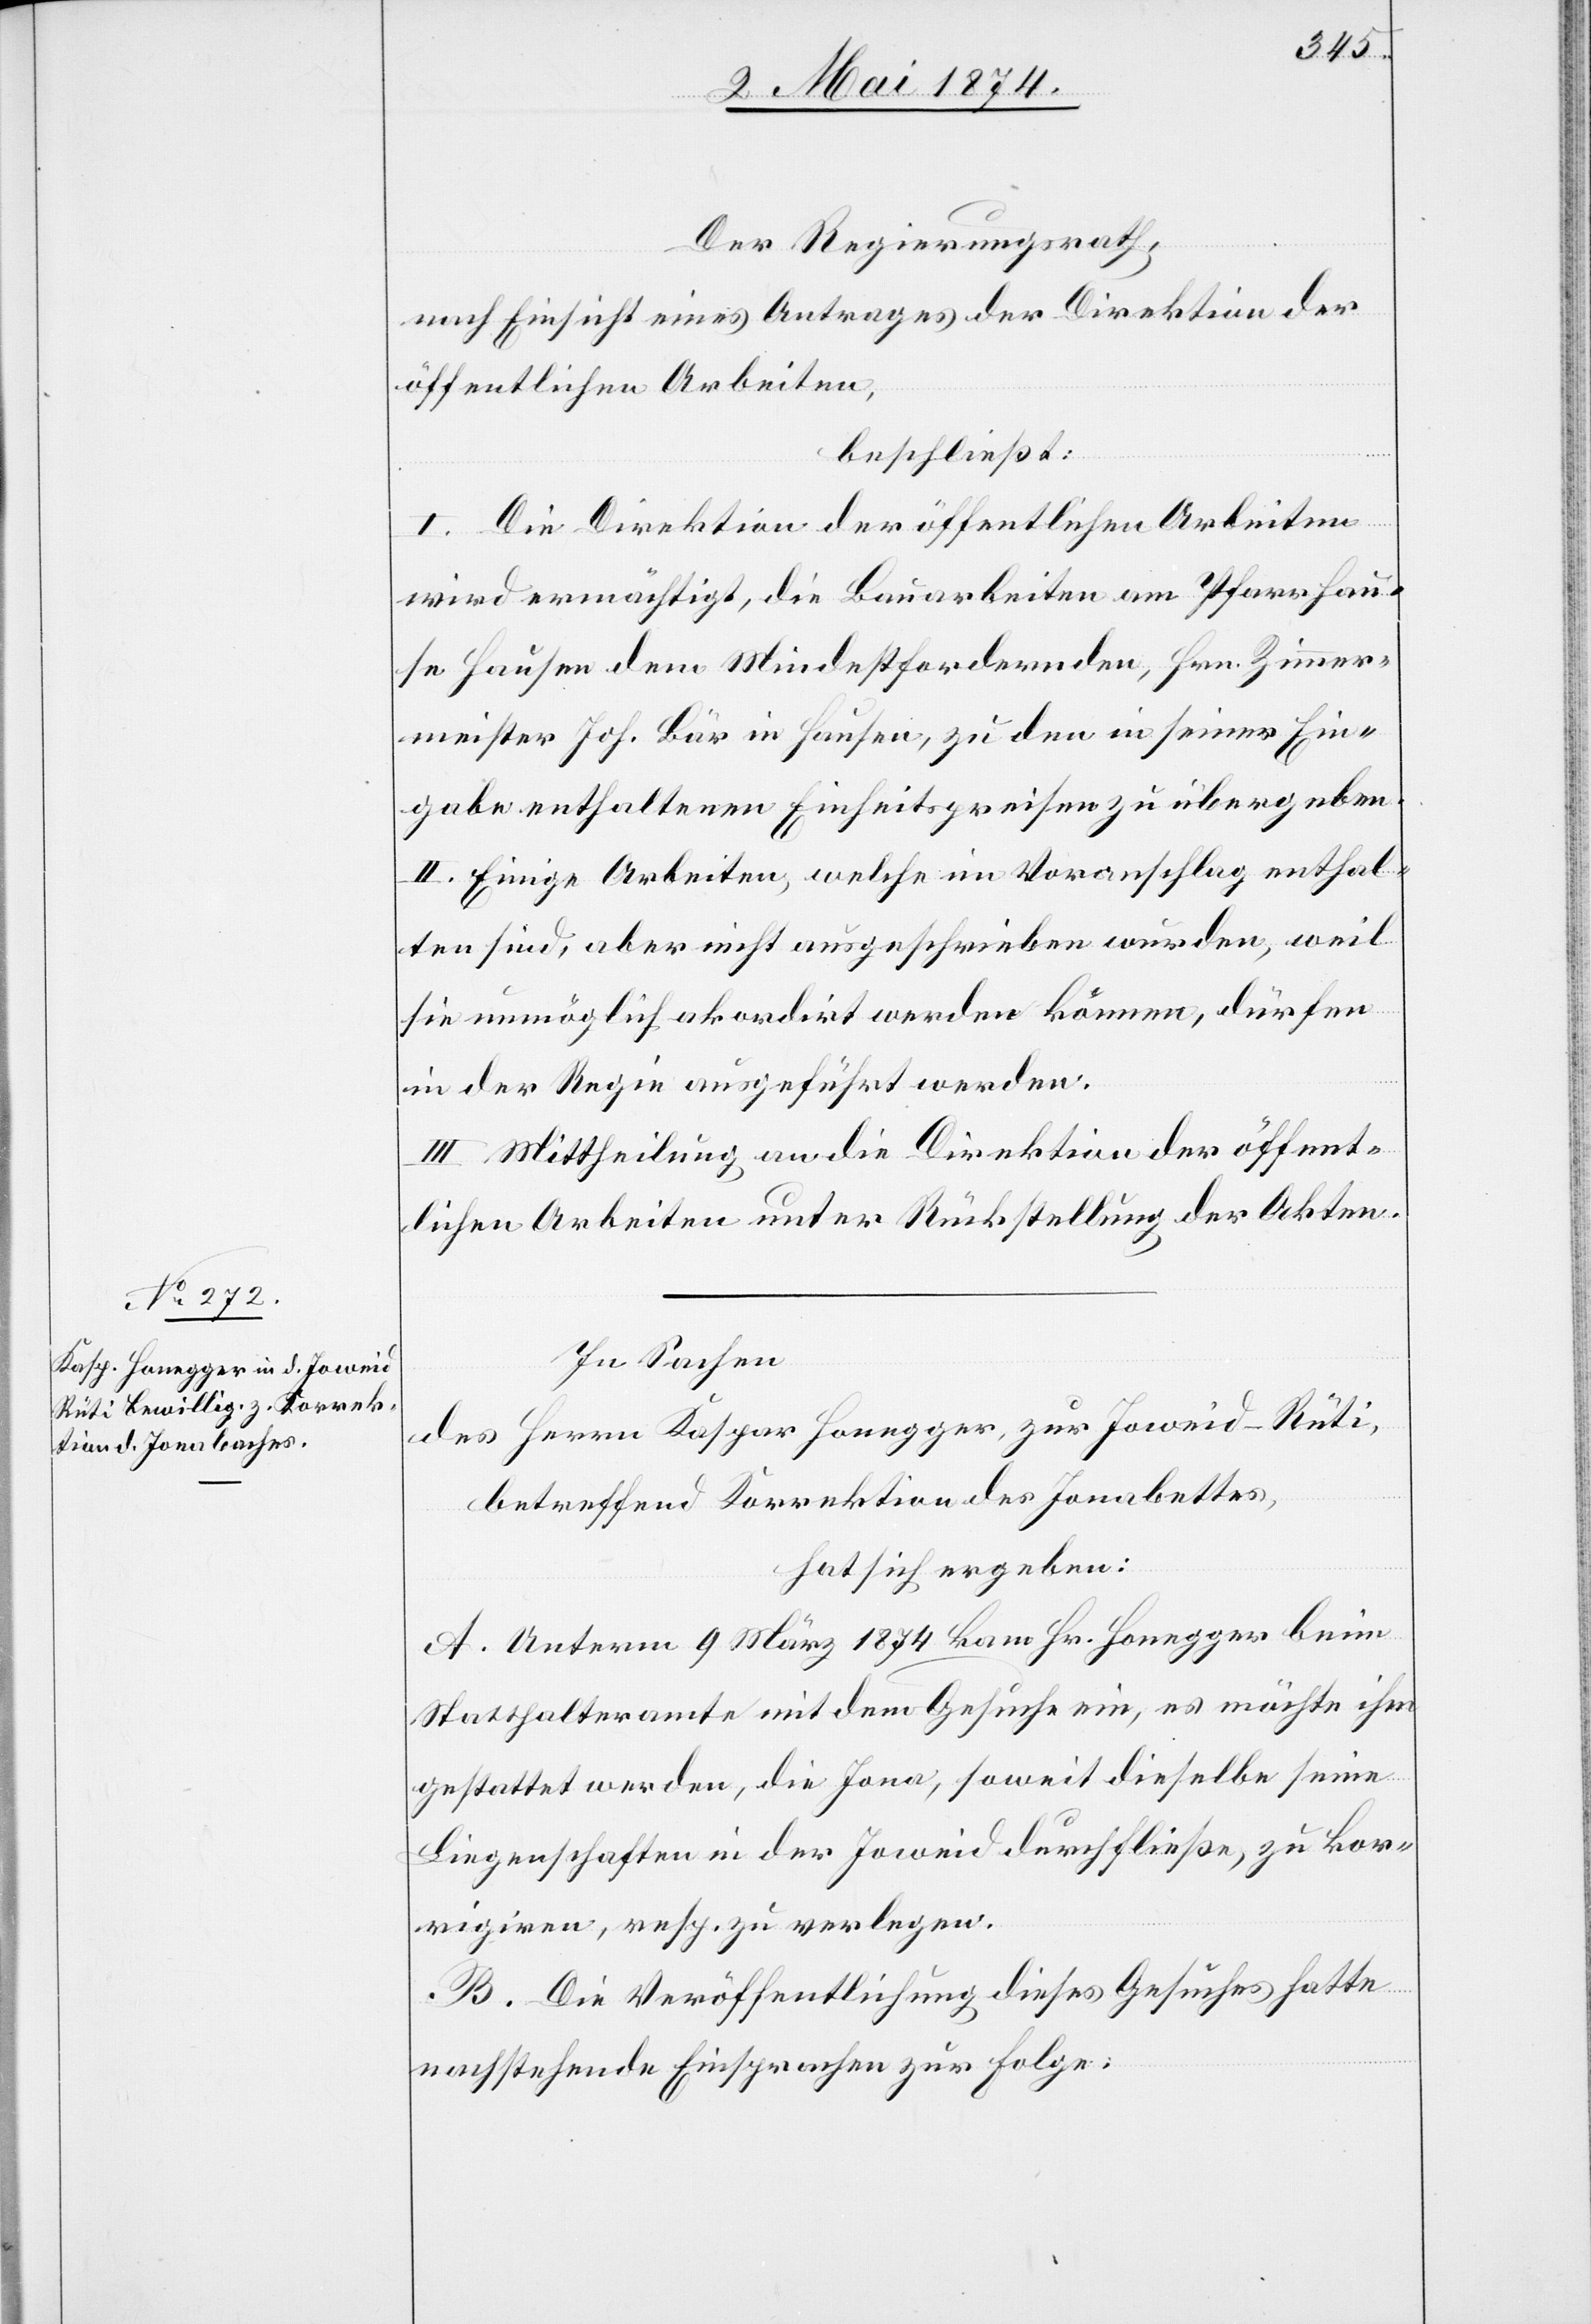
Der Regierungsrath,
nach Einsicht eines Antrages der Direktion der
öffentlichen Arbeiten,
beschließt:
I. Die Direktion der öffentlichen Arbeiten
wird ermächtigt, die Bauarbeiten am Pfarrhau¬
se Hausen dem Mindestfordernden, Hrn. Zimmer¬
meister Joh. Bär in Hausen, zu den in seiner Ein¬
gabe enthaltenden Einheitspreisen zu übergeben.
II. Einige Arbeiten, welche im Voranschlag enthal¬
ten sind, aber nicht ausgeschrieben wurden, weil
sie unmöglich akordirt werden können, dürfen
in der Regie ausgeführt werden.
III. Mittheilung an die Direktion der öffent¬
lichen Arbeiten unter Rückstellung der Akten.
In Sachen
des Herrn Kaspar Honegger, zur Joweid-Rüti,
betreffend Korrektion des Jonabettes,
hat sich ergeben:
A. Unterm 9. März 1874 kam Hr. Honegger beim
Statthalteramte mit dem Gesuche ein, es möchte ihm
gestattet werden, die Jona, soweit dieselbe seine
Liegenschaften in der Joweid durchfließe, zu kor¬
rigiren, resp. zu verlegen.
B. Die Veröffentlichung dieses Gesuches hatte
nachstehende Einsprachen zur Folge: